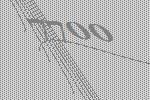
7700